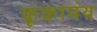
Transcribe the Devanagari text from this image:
कूकापंथ